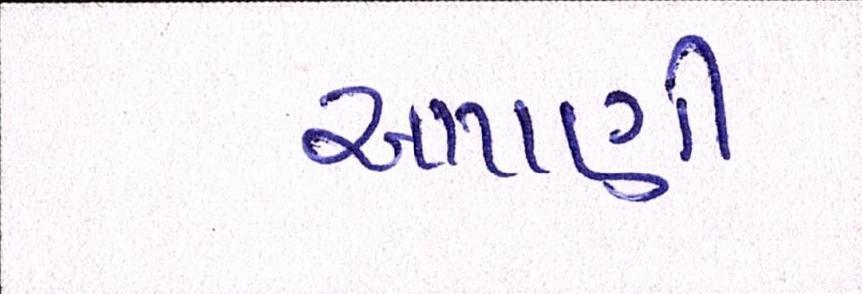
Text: આપણી